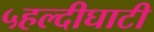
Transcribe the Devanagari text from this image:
५हल्दीघाटी